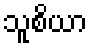
သူစိယာ